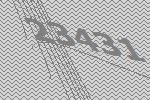
23431